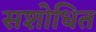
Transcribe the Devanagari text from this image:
सशोधित